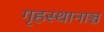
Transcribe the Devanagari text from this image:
गृहस्थानाञ्च